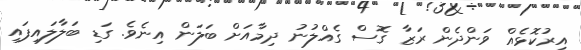
އިރުކޮޅެއް ވަންދެން ރަޒާ ގޮސް ގެއްލުނު ދިމާއަށް ބަލަން އިނެވެ. ގަޑި ބަލާލައިފައި